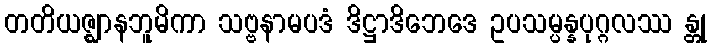
တတိယဇ္ဈာနဘူမိကာ သဗ္ဗနာမပဒံ ဒိဋ္ဌာဒိဘေဒေ ဥပသမ္ပန္နပုဂ္ဂလဿ န္တု